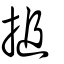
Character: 搥